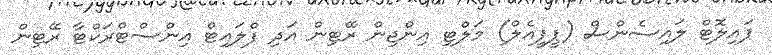
ޕައިލޮޓް ލައިސެންސް (ޕީޕީއެލް) މަލްޓި އިންޖިން ރޭޓިން އަދި ފްލައިޓް އިންސްޓްރަކްޓާ ރޭޓިން